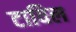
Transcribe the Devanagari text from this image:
टाविल